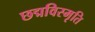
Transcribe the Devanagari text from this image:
छद्मविस्मृति